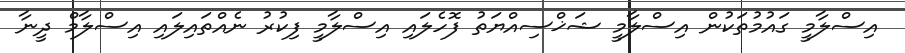
އިސްލާމީ ގައުމުތަކުން އިސްލާމީ ޝަޚްސިއްޔަތު ފޮހެލައި އިސްލާމީ ފިކުރު ނެއްތައިލައި އިސްލާމް ދީނާ